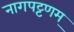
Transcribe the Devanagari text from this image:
नागपट्टणम्